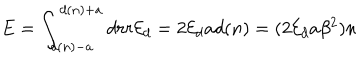
LaTeX: E = \int _ { d ( n ) - a } ^ { d ( n ) + a } d r r { \cal E } _ { d } = 2 { \cal E } _ { d } a d ( n ) = ( 2 { \cal E } _ { d } a \beta ^ { 2 } ) n